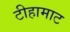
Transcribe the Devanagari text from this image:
टीहामाट